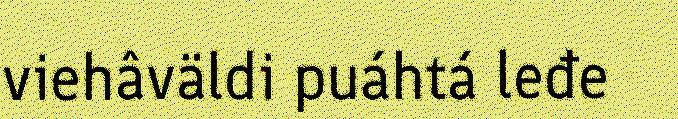
viehâväldi puáhtá leđe